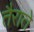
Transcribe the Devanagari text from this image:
तैराते